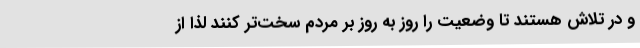
و در تلاش هستند تا وضعیت را روز به روز بر مردم سخت‌تر کنند لذا از